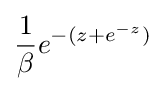
{\frac {1}{\beta }}e^{-(z+e^{-z})}